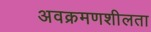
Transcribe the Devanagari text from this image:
अवक्रमणशीलता